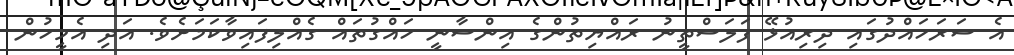
އެ ސަރަހައްދުގައި ދިރިއުޅޭ ފަލަސްތީނު ރައްޔިތުންގެ އިންސާނީ ހައްގުތައް ގެއްލިފައިވާކަމަށެވެ. އަދި އެމީހުން